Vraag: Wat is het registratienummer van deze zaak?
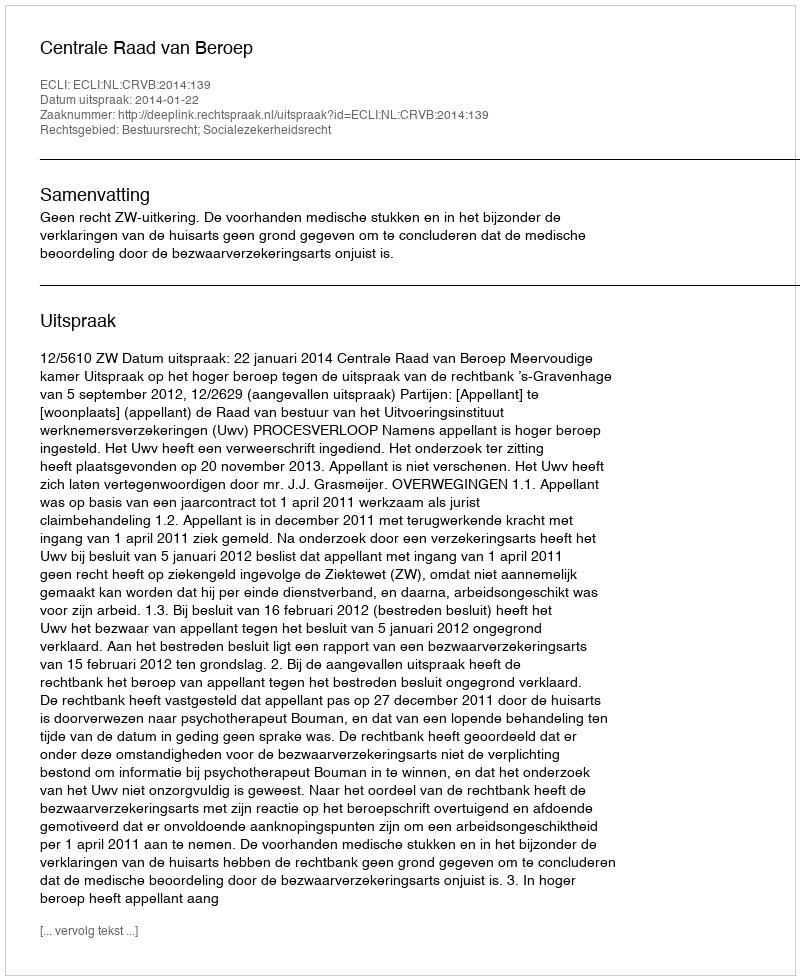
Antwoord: http://deeplink.rechtspraak.nl/uitspraak?id=ECLI:NL:CRVB:2014:139